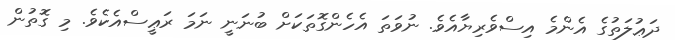
ދަޢުލަތުގެ އެންމެ އިސްވެރިޔާއެވެ. ނުވަތަ އެހެންގޮތަކަށް ބުނަނީ ނަމަ ރަޢީސްއެކެވެ. މި ގޮތުން